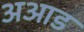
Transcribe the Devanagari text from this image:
अआड